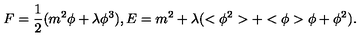
F = \frac { 1 } { 2 } ( m ^ { 2 } \phi + \lambda \phi ^ { 3 } ) , E = m ^ { 2 } + \lambda ( < \phi ^ { 2 } > + < \phi > \phi + \phi ^ { 2 } ) .